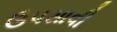
ઉપસાવી